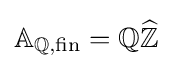
\mathbb {A} _{\mathbb {Q} ,{\text{fin}}}=\mathbb {Q} {\widehat {\mathbb {Z} }}